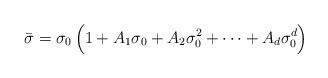
LaTeX: \begin{align*}\bar \sigma =\sigma_0\, \Big(1 + A_1 \sigma_0 + A_2 \sigma_0^2 + \cdots+ A_{d}\sigma_0^d \Big)\end{align*}